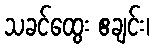
သခင်ထွေး ဧချင်း၊